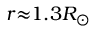
r { \approx } 1 . 3 R _ { \odot }